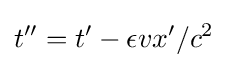
t''=t'-\epsilon vx'/c^{2}